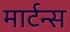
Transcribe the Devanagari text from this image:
मार्टन्स